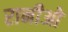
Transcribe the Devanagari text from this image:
रानीओ